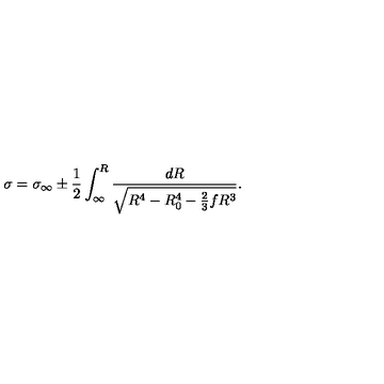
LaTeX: \sigma = \sigma _ { \infty } \pm \frac { 1 } { 2 } \int _ { \infty } ^ { R } \frac { d R } { \sqrt { R ^ { 4 } - R _ { 0 } ^ { 4 } - \frac { 2 } { 3 } f R ^ { 3 } } } .